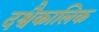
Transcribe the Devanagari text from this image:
दश्वैकालिक